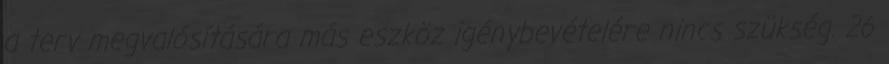
a terv megvalósítására más eszköz igénybevételére nincs szükség. 26